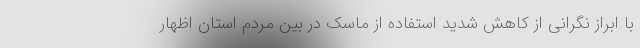
با ابراز نگرانی از کاهش شدید استفاده از ماسک در بین مردم استان اظهار